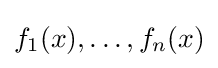
f_{1}(x),\dots ,f_{n}(x)